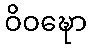
ဝိဝဍ္ဎော